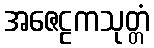
အဇေဠကသုတ္တံ